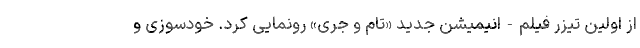
از اولین تیزر فیلم-انیمیشن جدید «تام و جری» رونمایی کرد. خودسوزی و